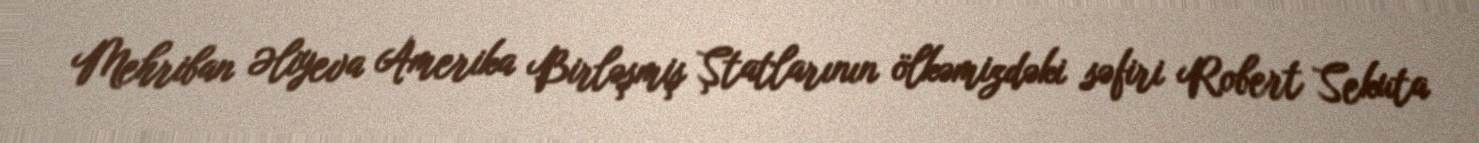
Mehriban Əliyeva Amerika Birləşmiş Ştatlarının ölkəmizdəki səfiri Robert Sekuta